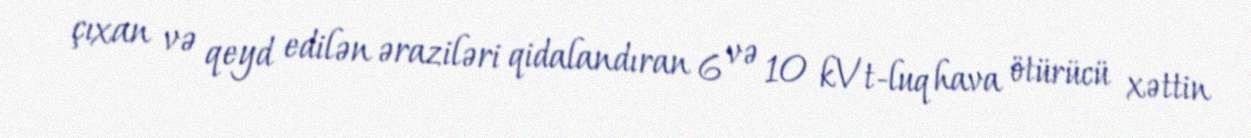
çıxan və qeyd edilən əraziləri qidalandıran 6 və 10 kVt-luq hava ötürücü xəttin